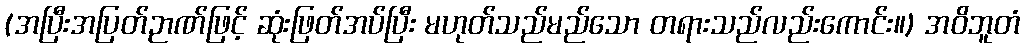
(အပြီးအပြတ်ဉာဏ်ဖြင့် ဆုံးဖြတ်အပ်ပြီး မဟုတ်သည်မည်သော တရားသည်လည်းကောင်း။) အဝိဘူတံ